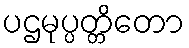
ပဌမုပ္ပတ္တိတော